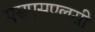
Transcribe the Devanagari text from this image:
एसएसएलसी